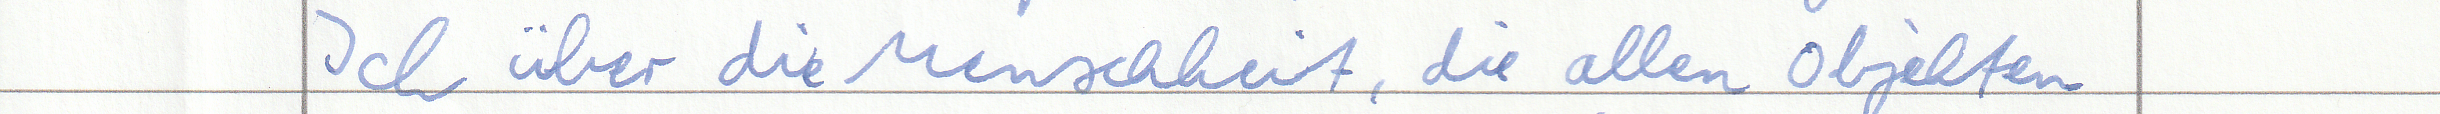
Ich über die Menschheit, die allen Objekten